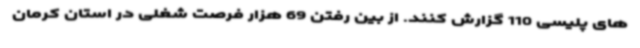
های پلیسی 110 گزارش کنند. از بین رفتن 69 هزار فرصت شغلی در استان کرمان